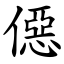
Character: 僫